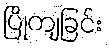
ပြိုကျခြင်း